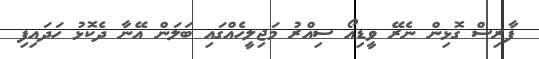
ފާރިސް ގޮޅިން ނެރޭ ވީޑިއޯ ސިއްރު މަޖިލީހެއްގައި ބަލަން އޭނާ ދެކޮޅު ހަދައިފި